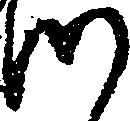
つ